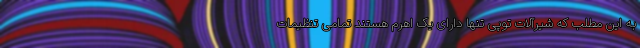
به این مطلب که شیرآلات توپی تنها دارای یک اهرم هستند تمامی تنظیمات